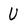
Character: U